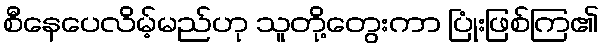
စီနေပေလိမ့်မည်ဟု သူတို့တွေးကာ ပြုံးဖြစ်ကြ၏